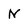
Character: N